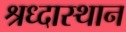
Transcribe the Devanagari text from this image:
श्रध्दास्थान